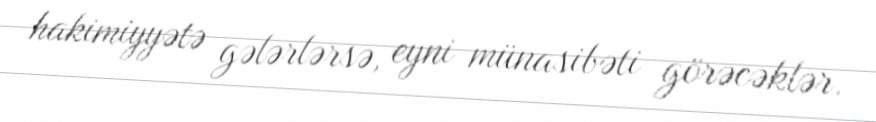
hakimiyyətə gələrlərsə, eyni münasibəti görəcəklər.